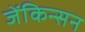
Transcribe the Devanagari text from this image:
जेंकिन्सन